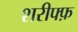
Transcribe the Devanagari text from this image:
शरीफ्फ़